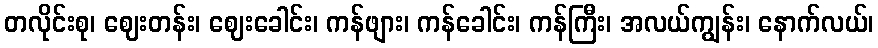
တလိုင်းစု၊ ဈေးတန်း၊ ဈေးခေါင်း၊ ကန်ဖျား၊ ကန်ခေါင်း၊ ကန်ကြီး၊ အလယ်ကျွန်း၊ နောက်လယ်၊